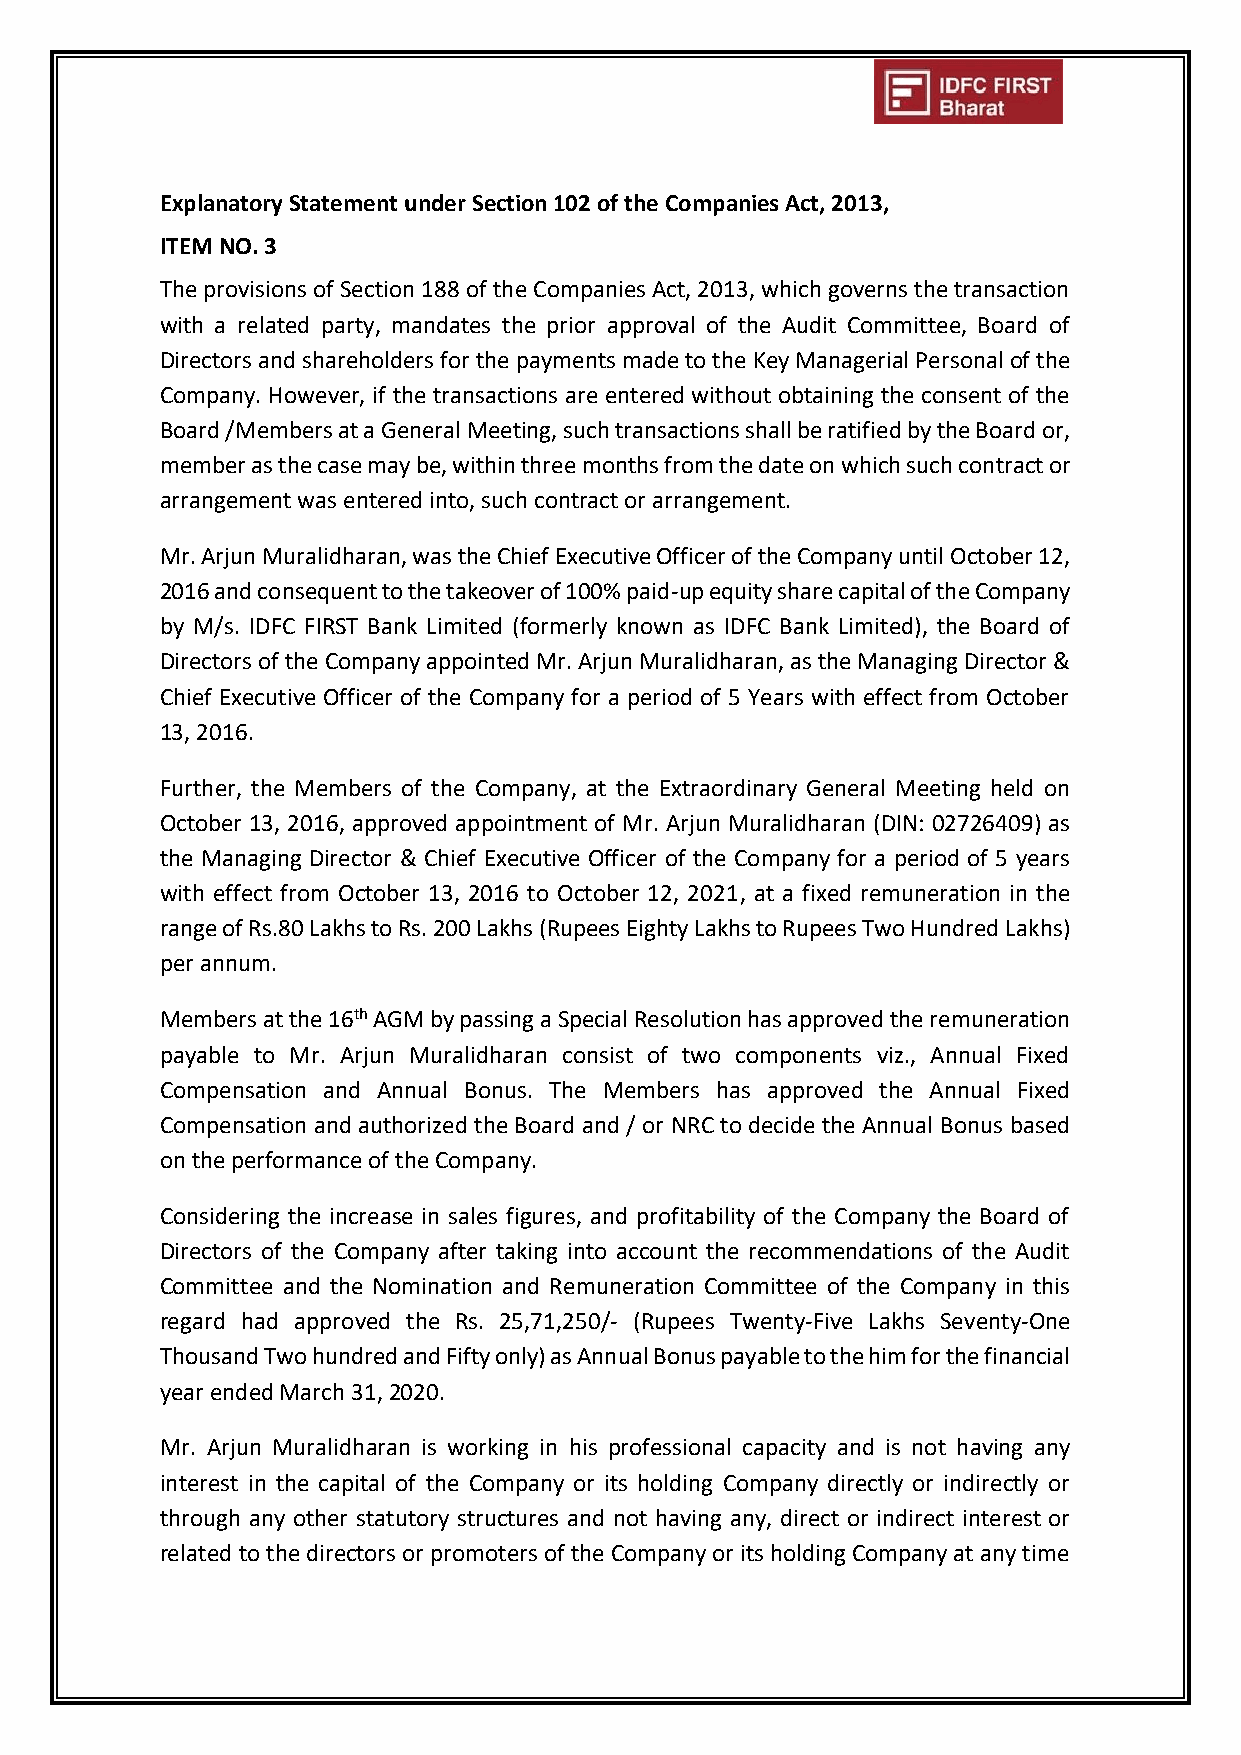
Explanatory Statement under Section 102 of the Companies Act, 2013,
 ITEM NO. 3
 The provisions of Section 188 of the Companies Act, 2013, which governs the transaction
 with a related party, mandates the prior approval of the Audit Committee, Board of
 Directors and shareholders for the payments made to the Key Managerial Personal of the
 Company. However, if the transactions are entered without obtaining the consent of the
 Board /Members at a General Meeting, such transactions shall be ratified by the Board or,
 member as the case may be, within three months from the date on which such contract or
 arrangement was entered into, such contract or arrangement.
 Mr. Arjun Muralidharan, was the Chief Executive Officer of the Company until October 12,
 2016 and consequent to the takeover of 100% paid-up equity share capital of the Company
 by M/s. IDFC FIRST Bank Limited (formerly known as IDFC Bank Limited), the Board of
 Directors of the Company appointed Mr. Arjun Muralidharan, as the Managing Director &
 Chief Executive Officer of the Company for a period of 5 Years with effect from October
 13, 2016.
 Further, the Members of the Company, at the Extraordinary General Meeting held on
 October 13, 2016, approved appointment of Mr. Arjun Muralidharan (DIN: 02726409) as
 the Managing Director & Chief Executive Officer of the Company for a period of 5 years
 with effect from October 13, 2016 to October 12, 2021, at a fixed remuneration in the
 range of Rs.80 Lakhs to Rs. 200 Lakhs (Rupees Eighty Lakhs to Rupees Two Hundred Lakhs)
 per annum.
 Members at the 16th AGM by passing a Special Resolution has approved the remuneration
 payable to Mr. Arjun Muralidharan consist of two components viz., Annual Fixed
 Compensation and Annual Bonus. The Members has approved the Annual Fixed
 Compensation and authorized the Board and / or NRC to decide the Annual Bonus based
 on the performance of the Company.
 Considering the increase in sales figures, and profitability of the Company the Board of
 Directors of the Company after taking into account the recommendations of the Audit
 Committee and the Nomination and Remuneration Committee of the Company in this
 regard had approved the Rs. 25,71,250/- (Rupees Twenty-Five Lakhs Seventy-One
 Thousand Two hundred and Fifty only) as Annual Bonus payable to the him for the financial
 year ended March 31, 2020.
 Mr. Arjun Muralidharan is working in his professional capacity and is not having any
 interest in the capital of the Company or its holding Company directly or indirectly or
 through any other statutory structures and not having any, direct or indirect interest or
 related to the directors or promoters of the Company or its holding Company at any time